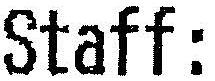
STAFF: